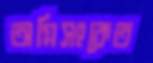
অগ্নিসংকেত